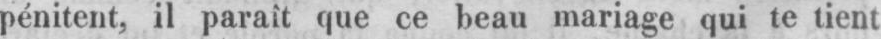
pénitent, il parait que ce beau mariage qui te tient